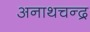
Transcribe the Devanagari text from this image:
अनाथचन्द्र